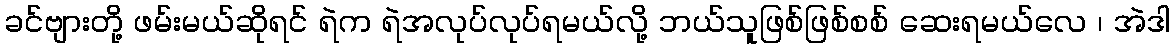
ခင်ဗျားတို့ ဖမ်းမယ်ဆိုရင် ရဲက ရဲအလုပ်လုပ်ရမယ်လို့ ဘယ်သူဖြစ်ဖြစ်စစ် ဆေးရမယ်လေ ၊ အဲဒါ